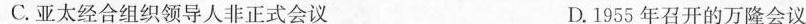
C.亚太经合组织领导人非正式会议 D.1955年召开的万隆会议